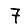
Digit: 7